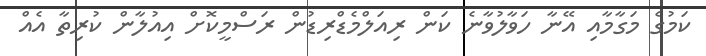
ކަމުގެ މަގާމާއި އޭނާ ހަވާލުވާނެ ކަން ރިއަލްމެޑްރިޑުން ރަސްމީކޮށް އިއުލާން ކުރިތާ އެއް